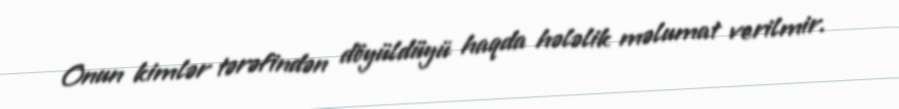
Onun kimlər tərəfindən döyüldüyü haqda hələlik məlumat verilmir.